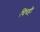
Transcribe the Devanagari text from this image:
चिंचही